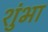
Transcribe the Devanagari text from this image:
शुंभा